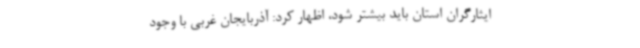
ایثارگران استان باید بیشتر شود، اظهار کرد: آذربایجان غربی با وجود